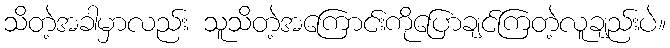
သိတဲ့အခါမှာလည်း သူသိတဲ့အကြောင်းကိုပြောချင်ကြတဲ့လူချည်းပဲ။